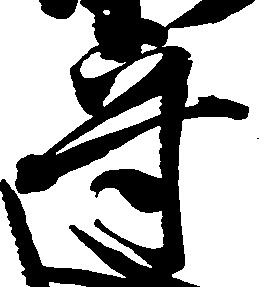
守